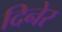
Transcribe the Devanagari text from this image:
दिनेर